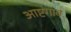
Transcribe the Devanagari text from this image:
आष्टगाव